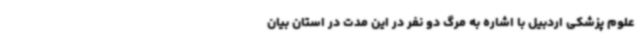
علوم پزشکی اردبیل با اشاره به مرگ دو نفر در این مدت در استان بیان